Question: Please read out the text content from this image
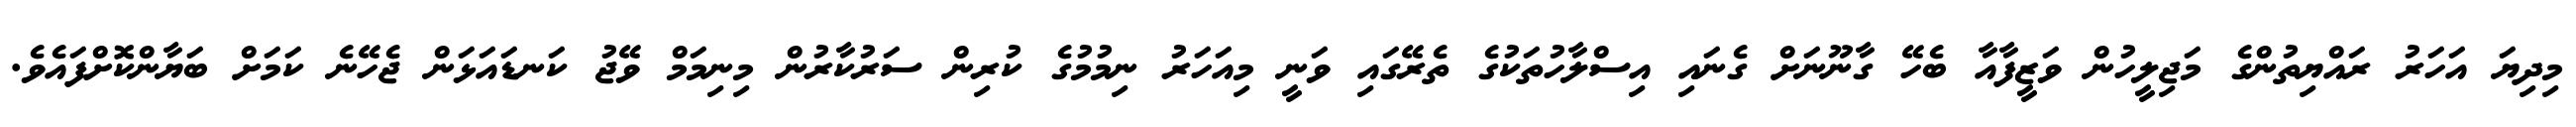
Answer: މިދިޔަ އަހަރު ރައްޔިތުންގެ މަޖިލީހުން ވަޒީފާއާ ބެހޭ ގާނޫނަށް ގެނައި އިސްލާހުތަކުގެ ތެރޭގައި ވަނީ މިއަހަރު ނިމުމުގެ ކުރިން ސަރުކާރުން މިނިމަމް ވޭޖު ކަނޑައަޅަން ޖެހޭނެ ކަމަށް ބަޔާންކޮށްފައެވެ.